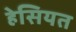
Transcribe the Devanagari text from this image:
हेसियत